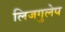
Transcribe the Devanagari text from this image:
लिजगुलेप